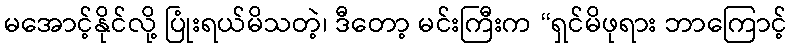
မအောင့်နိုင်လို့ ပြုံးရယ်မိသတဲ့၊ ဒီတော့ မင်းကြီးက “ရှင်မိဖုရား ဘာကြောင့်